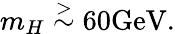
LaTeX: m_{H}\stackrel{>}{\sim}60\mathrm{GeV}.